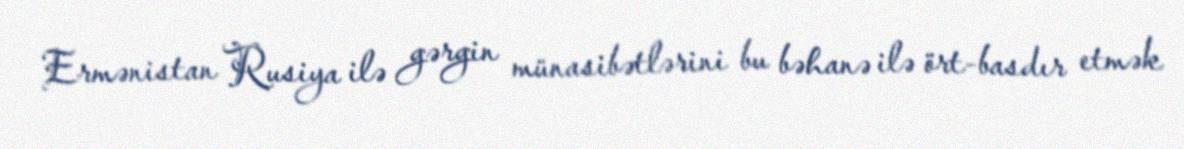
Ermənistan Rusiya ilə gərgin münasibətlərini bu bəhanə ilə ört-basdır etmək